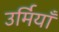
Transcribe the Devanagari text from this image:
उर्मियाँ